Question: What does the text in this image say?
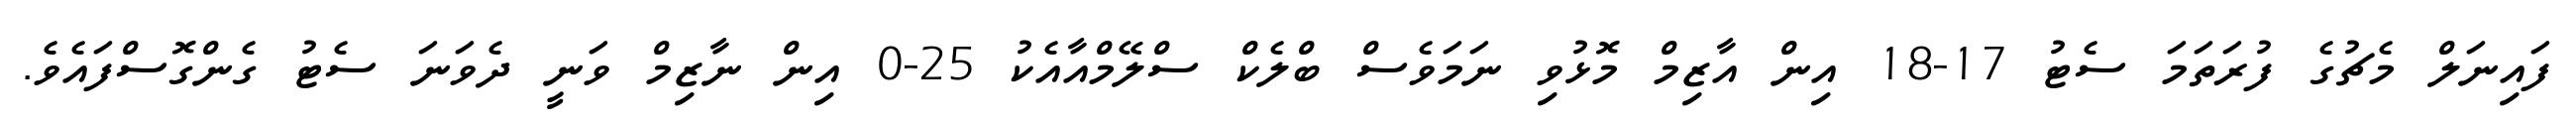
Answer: ފައިނަލް މެޗުގެ ފުރަތަމަ ސެޓު 17-18 އިން އާޒިމް މޮޅުވި ނަމަވެސް ބްލެކް ސްލޭމްއާއެކު 25-0 އިން ނާޒިމް ވަނީ ދެވަނަ ސެޓު ގެންގޮސްފައެވެ.